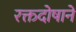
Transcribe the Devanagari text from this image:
रक्तदोषाने